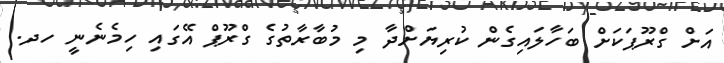
އަށް ގްރޫޕަކަށް ބަހާލައިގެން ކުރިޔަށްދާ މި މުބާރާތުގެ ގްރޫޕް އޭގައި ހިމެނެނީ ހދ.